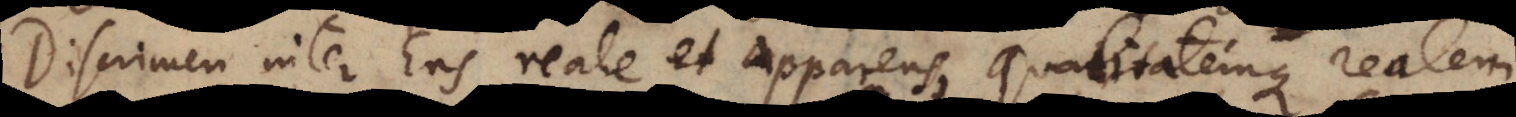
Discrimen inter Ens reale et apparens, qualitatemque realem